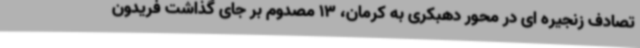
تصادف زنجیره ای در محور دهبکری به کرمان، 13 مصدوم بر جای گذاشت فریدون